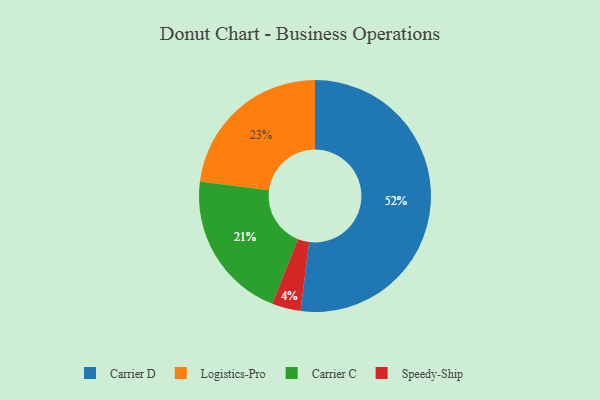
{"axis": {"x": "Category", "y": "Percentage"}, "legend": ["Carrier C", "Carrier D", "Logistics-Pro", "Speedy-Ship"], "data": [{"x": "Carrier C", "y": 21, "type": "Carrier C"}, {"x": "Logistics-Pro", "y": 23, "type": "Logistics-Pro"}, {"x": "Carrier D", "y": 52, "type": "Carrier D"}, {"x": "Speedy-Ship", "y": 4, "type": "Speedy-Ship"}]}